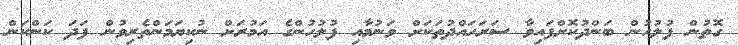
ގޮތުން ފުލުހުން ބަންދުކޮށްފައިވާ ސަރަހައްދުތަކަށް ވަނުމާއި ފުލުހުންގެ އަމުރަށް ނުކިޔަމަންތެރިވުން ފަދަ ކަންކަން